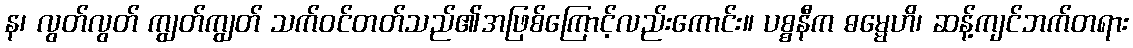
န၊ လွတ်လွတ် ကျွတ်ကျွတ် သက်ဝင်တတ်သည်၏အဖြစ်ကြောင့်လည်းကောင်း။ ပစ္စနီက ဓမ္မေဟိ၊ ဆန့်ကျင်ဘက်တရား